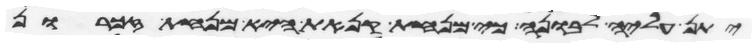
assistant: יתן עליה לבונה כי מנחת קנאת היא מנחת זכרון